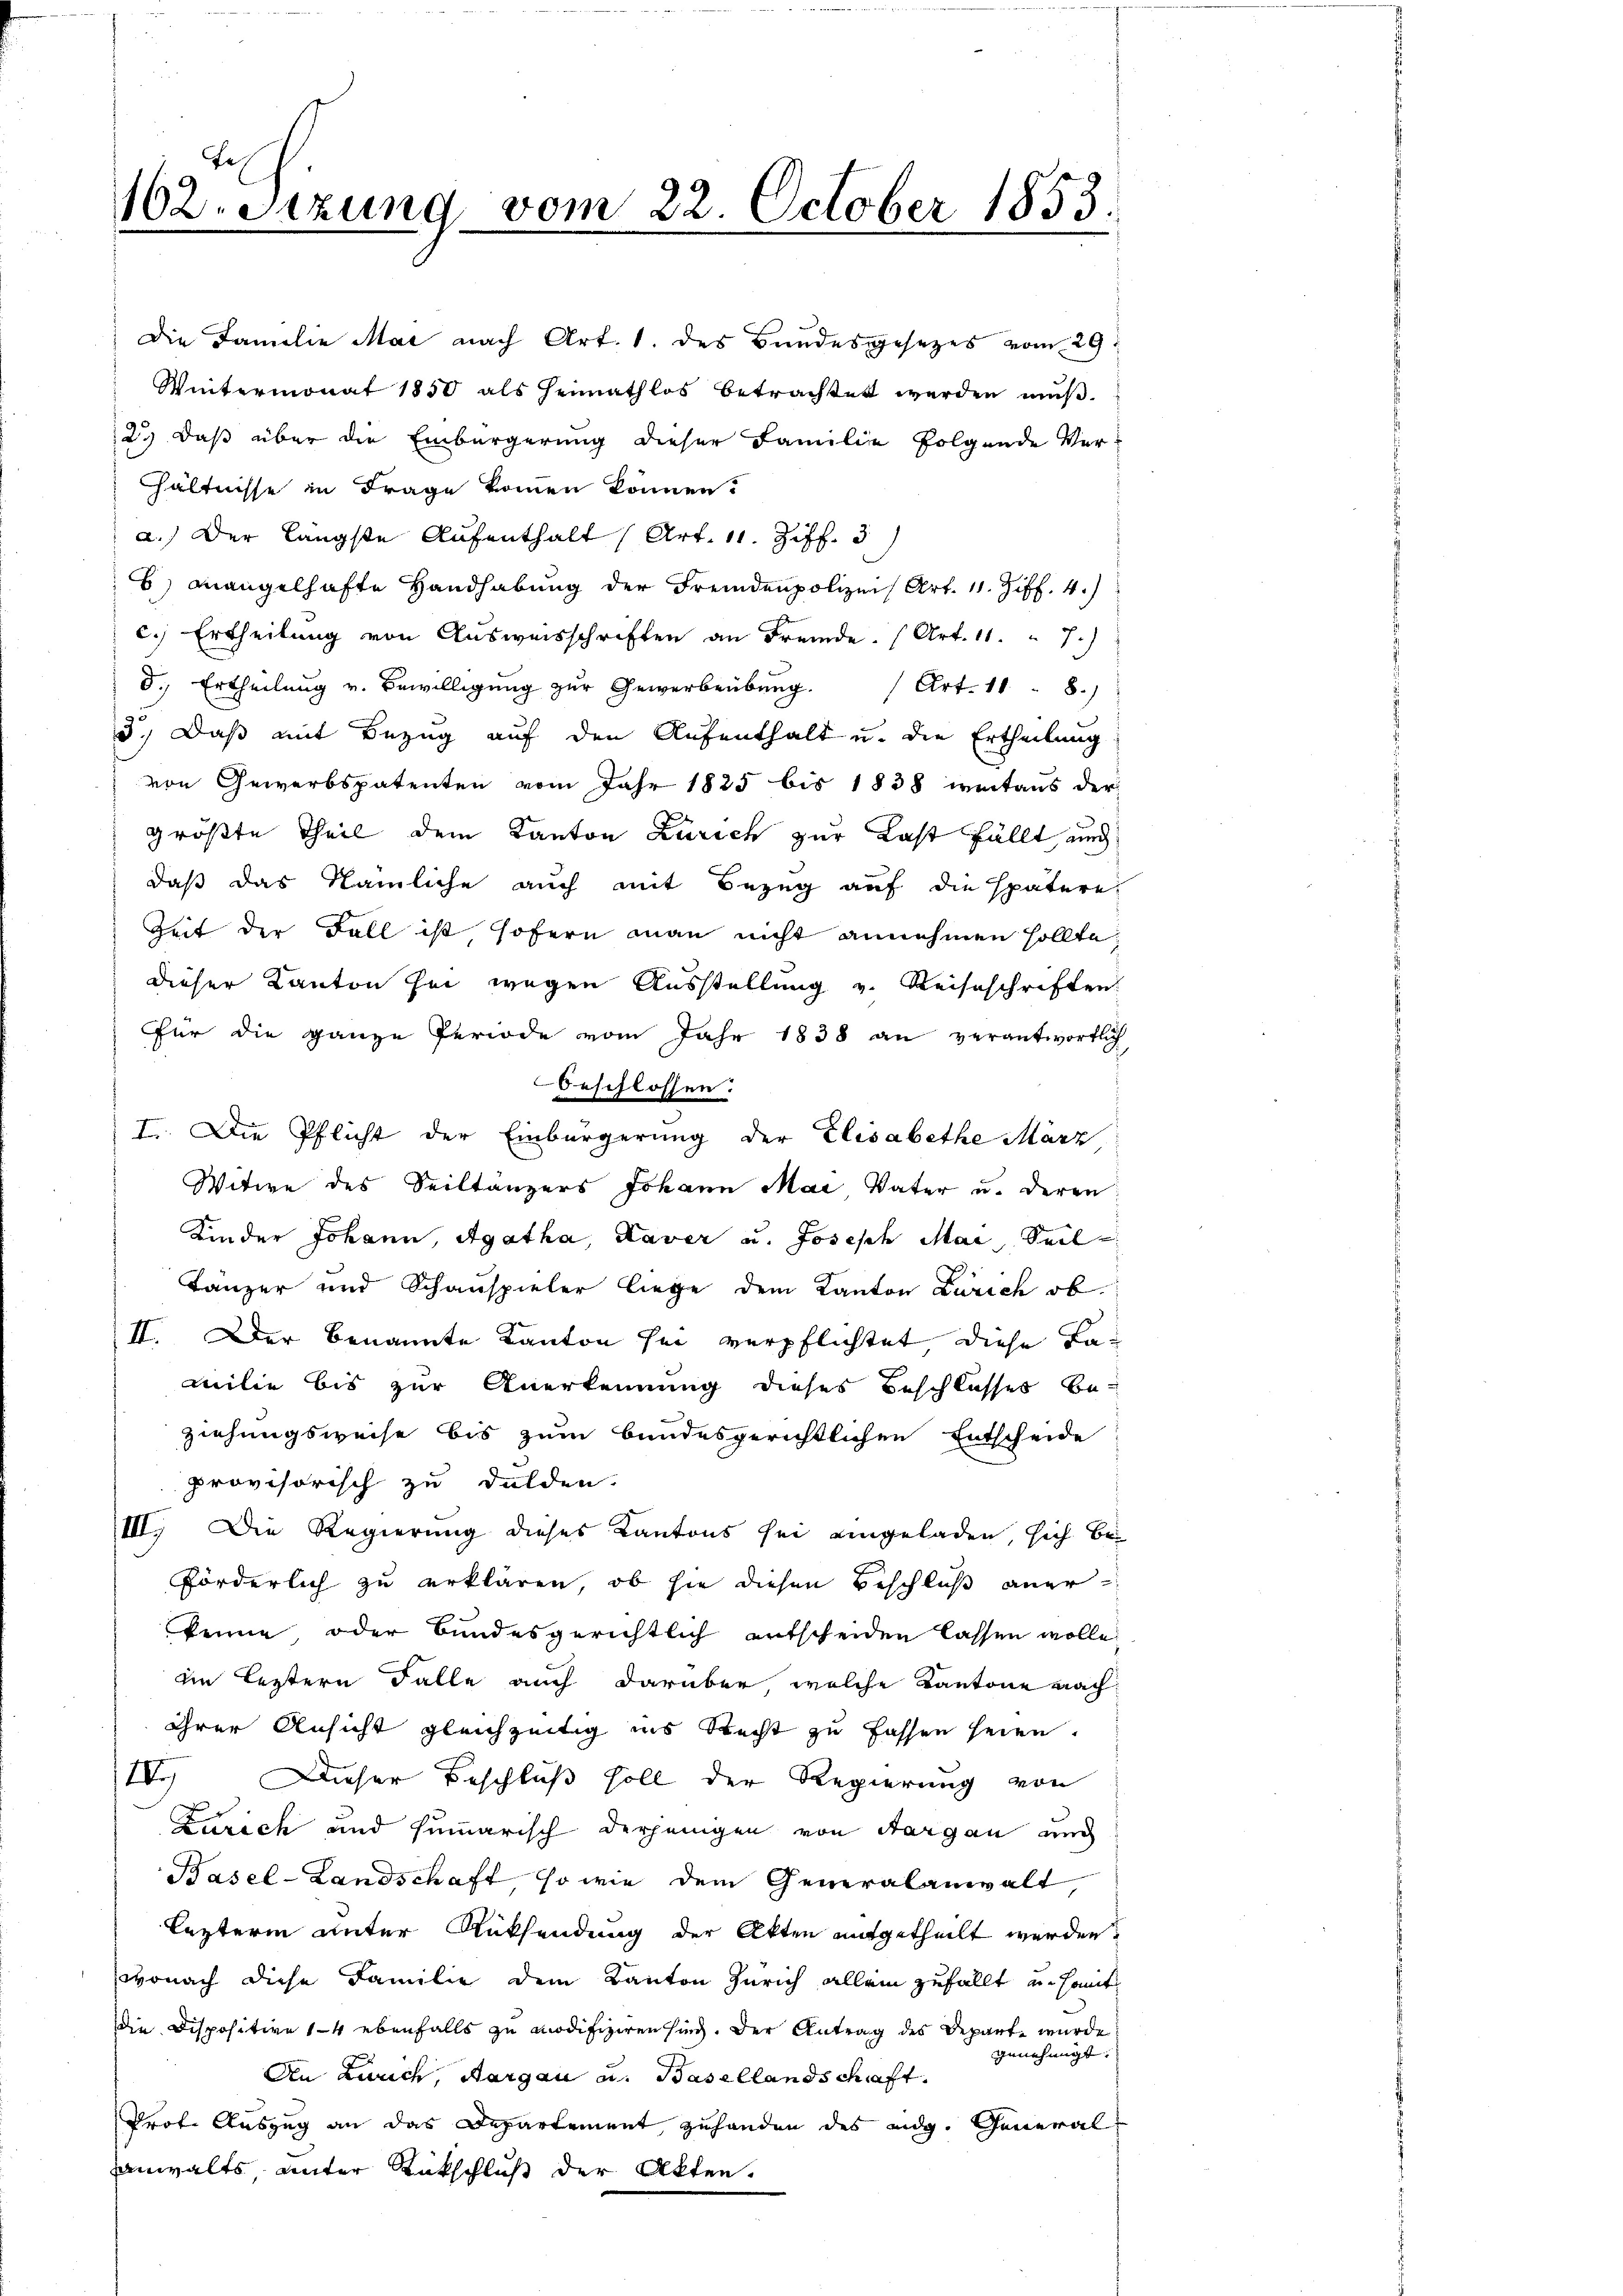
162. Sitzung vom 22. October 1853.

hältnisse in Frage kommen können.
a.) Der längste Aufenthalt (Art. 11. Ziff. 3
6) Mangelhafte Handhabung der Fremdenpolizei Art. 11. Ziff. 4.)
c.) Ertheilung von Ausweisschriften an Fremde. (Art. 11. " 7.)
8.) Ertheilung v. Bewilligung zur Gewerbeübung. Art. 118.)
3.) Daß mit Bezug auf den Aufenthalt u. die Ertheilung
von Gewerbspatenten vom Jahr 1825 bis 1838 weitaus der
größte Theil dem Kanton Zürich zur Last fällt auch
daß das Nämliche auch mit Bezug auf die spätere
Zeit der Fall ist sofern man nicht annehmen sollte,
dieser Kanton sei wegen Ausstellung v. Reiseschriften
für die ganze Periode vom Jahr 1838 an verantwortlich
beschlossen.
I. Die Pflicht der Einbürgerung der Elisabethe März
Witwe des Seiltänzers Johann Mai Vater u. deren
Kinder Johann, Agatha, Laver u. Joseph Mai, Seil
Tanzer und Schauspieler liege dem Kanton Zürich ob
II. Der benannte Kanton sei verpflichtet diese Lamilie bis zur Anerkennung dieses Beschlusses be-
ziehungsweise bis zum bundesgerichtlichen Entscheide
provisorisch zu dulden.
III. Die Regierung dieses Kantons sei eingeladen, sich beförderlich zu erklären, ob sie diesen Beschluß aner
keine oder Bundesgerichtlich entscheiden lassen wolle.
din bestern Falle auch darüber welche Kantone machihrer Ansicht gleichzeitig ins Recht zu fassen seien.
IV. Dieser Beschluß soll der Regierung von
Zürich und summarisch derjenigen von Aargau und
Basel-Landschaft so wie dem Generalanwalt
lezterin unter Rüksendung der Akten mitgetheilt werden?
wonach diese Familie dem Kanton Zürich allein zufällt und somit
Die Dispositive 14 ebenfalls zu modifiziren sind. Der Antrag des Departe wurde
zunehmigt.
Den Lurich, Aargau u. Basellandschaft.
Prof. Auszug an das Departement zuhanden des eidg. General
anwalts unter Rückschluß der Akten.

Die Familie Mai nach Art. 1. des Bundesgesetzes vom 29.
Wintermonat 1850 als Heimathlos betrachtet werden mŭβ.
2.) Daß über die Einbürgerung dieser Familie folgende Ver¬